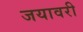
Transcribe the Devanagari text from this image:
जयावरी